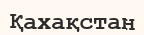
Қахақстан